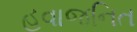
હવાજનિત